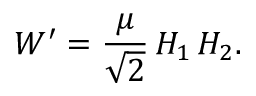
W ^ { \prime } = \frac { \mu } { \sqrt { 2 } } \, H _ { 1 } \, H _ { 2 } .